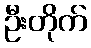
ဦးတိုက်